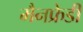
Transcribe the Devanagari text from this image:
मैनफ्रेडी